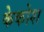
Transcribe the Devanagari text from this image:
केकोश